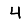
Digit: 4